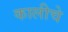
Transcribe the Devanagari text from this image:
कालीचे